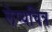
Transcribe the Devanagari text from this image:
लेप्यचित्र